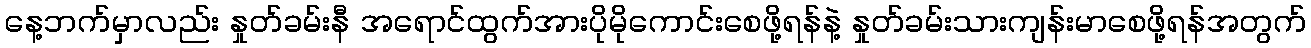
နေ့ဘက်မှာလည်း နှုတ်ခမ်းနီ အရောင်ထွက်အားပိုမိုကောင်းစေဖို့ရန်နဲ့ နှုတ်ခမ်းသားကျန်းမာစေဖို့ရန်အတွက်